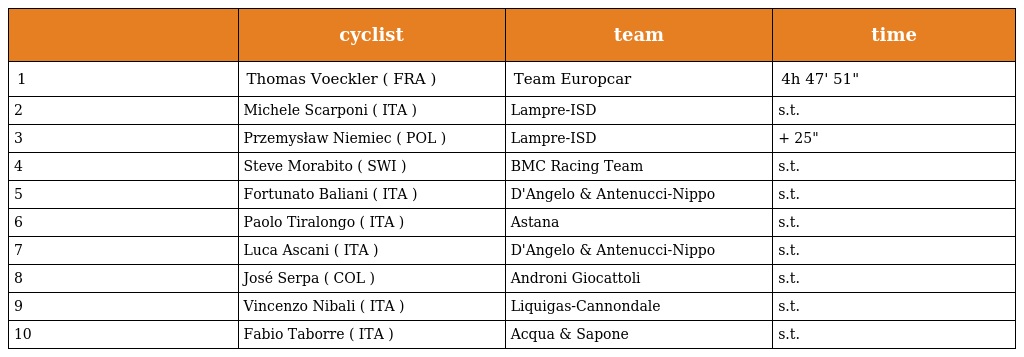
|  | cyclist | team | time |
 | --- | --- | --- | --- |
 | 1 | Thomas Voeckler ( FRA ) | Team Europcar | 4h 47' 51" |
 | 2 | Michele Scarponi ( ITA ) | Lampre-ISD | s.t. |
 | 3 | Przemysław Niemiec ( POL ) | Lampre-ISD | + 25" |
 | 4 | Steve Morabito ( SWI ) | BMC Racing Team | s.t. |
 | 5 | Fortunato Baliani ( ITA ) | D'Angelo & Antenucci-Nippo | s.t. |
 | 6 | Paolo Tiralongo ( ITA ) | Astana | s.t. |
 | 7 | Luca Ascani ( ITA ) | D'Angelo & Antenucci-Nippo | s.t. |
 | 8 | José Serpa ( COL ) | Androni Giocattoli | s.t. |
 | 9 | Vincenzo Nibali ( ITA ) | Liquigas-Cannondale | s.t. |
 | 10 | Fabio Taborre ( ITA ) | Acqua & Sapone | s.t. |